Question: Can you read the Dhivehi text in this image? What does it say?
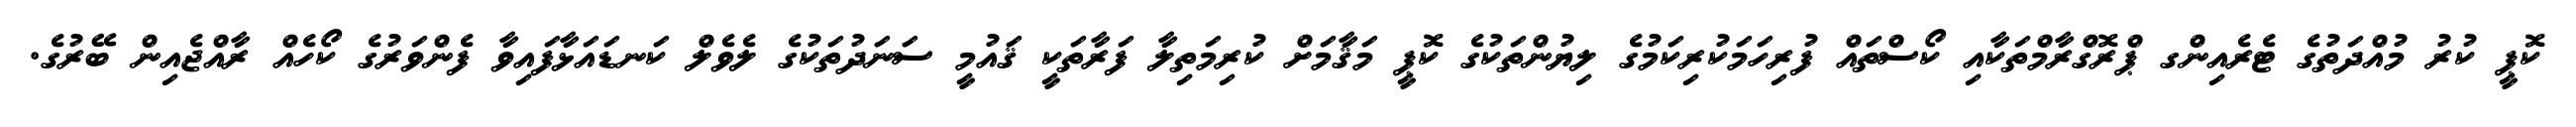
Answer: ކޮޕީ ކުރު މުއްދަތުގެ ޓެރެއިންގ ޕްރޮގްރާމްތަކާއި ކޯސްތައް ފުރިހަމަކުރިކަމުގެ ލިޔުންތަކުގެ ކޮޕީ މަޤާމަށް ކުރިމަތިލާ ފަރާތަކީ ޤައުމީ ސަނަދުތަކުގެ ލެވެލް ކަނޑައަޅާފައިވާ ފެންވަރުގެ ކޯހެއް ރާއްޖެއިން ބޭރުގެ.